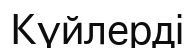
Күйлерді